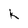
Character: K